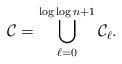
LaTeX: \begin{align*}\mathcal{C}=\bigcup_{\ell=0}^{\log \log n+1}\mathcal{C}_{\ell}.\end{align*}